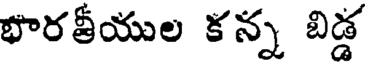
భారతీయుల కన్న బిడ్డ